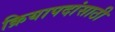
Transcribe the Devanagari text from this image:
क्रियापदांसाठी